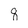
Character: 8